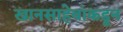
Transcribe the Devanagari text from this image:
खानसाहेबांकडून